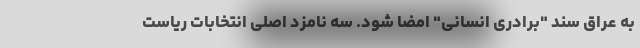
به عراق سند "برادری انسانی" امضا شود. سه نامزد اصلی انتخابات ریاست